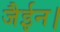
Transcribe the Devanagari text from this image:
जैईन।